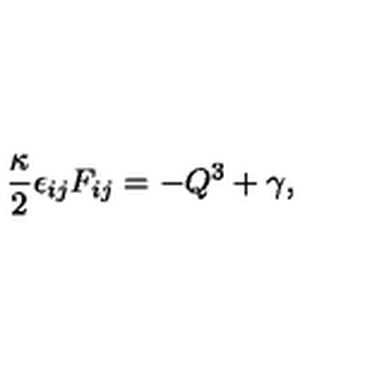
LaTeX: \frac { \kappa } { 2 } \epsilon _ { i j } F _ { i j } = - Q ^ { 3 } + \gamma ,